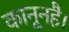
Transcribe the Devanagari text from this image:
कानूनहै।